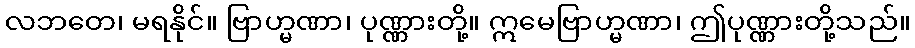
လဘတေ၊ မရနိုင်။ ဗြာဟ္မဏာ၊ ပုဏ္ဏားတို့။ ဣမေဗြာဟ္မဏာ၊ ဤပုဏ္ဏားတို့သည်။